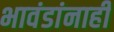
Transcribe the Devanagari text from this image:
भावंडांनाही